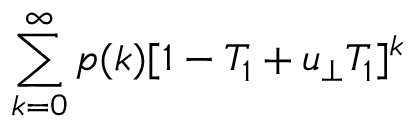
\sum _ { k = 0 } ^ { \infty } p ( k ) [ 1 - T _ { 1 } + u _ { \bot } T _ { 1 } ] ^ { k }